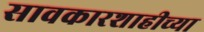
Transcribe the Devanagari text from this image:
सावकारशाहीच्या